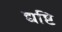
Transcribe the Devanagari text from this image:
द्यष्टि